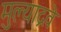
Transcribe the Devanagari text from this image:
मुल्याद्रवे